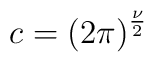
c = {\left( 2\pi \right)}^{\frac {\nu} {2}}